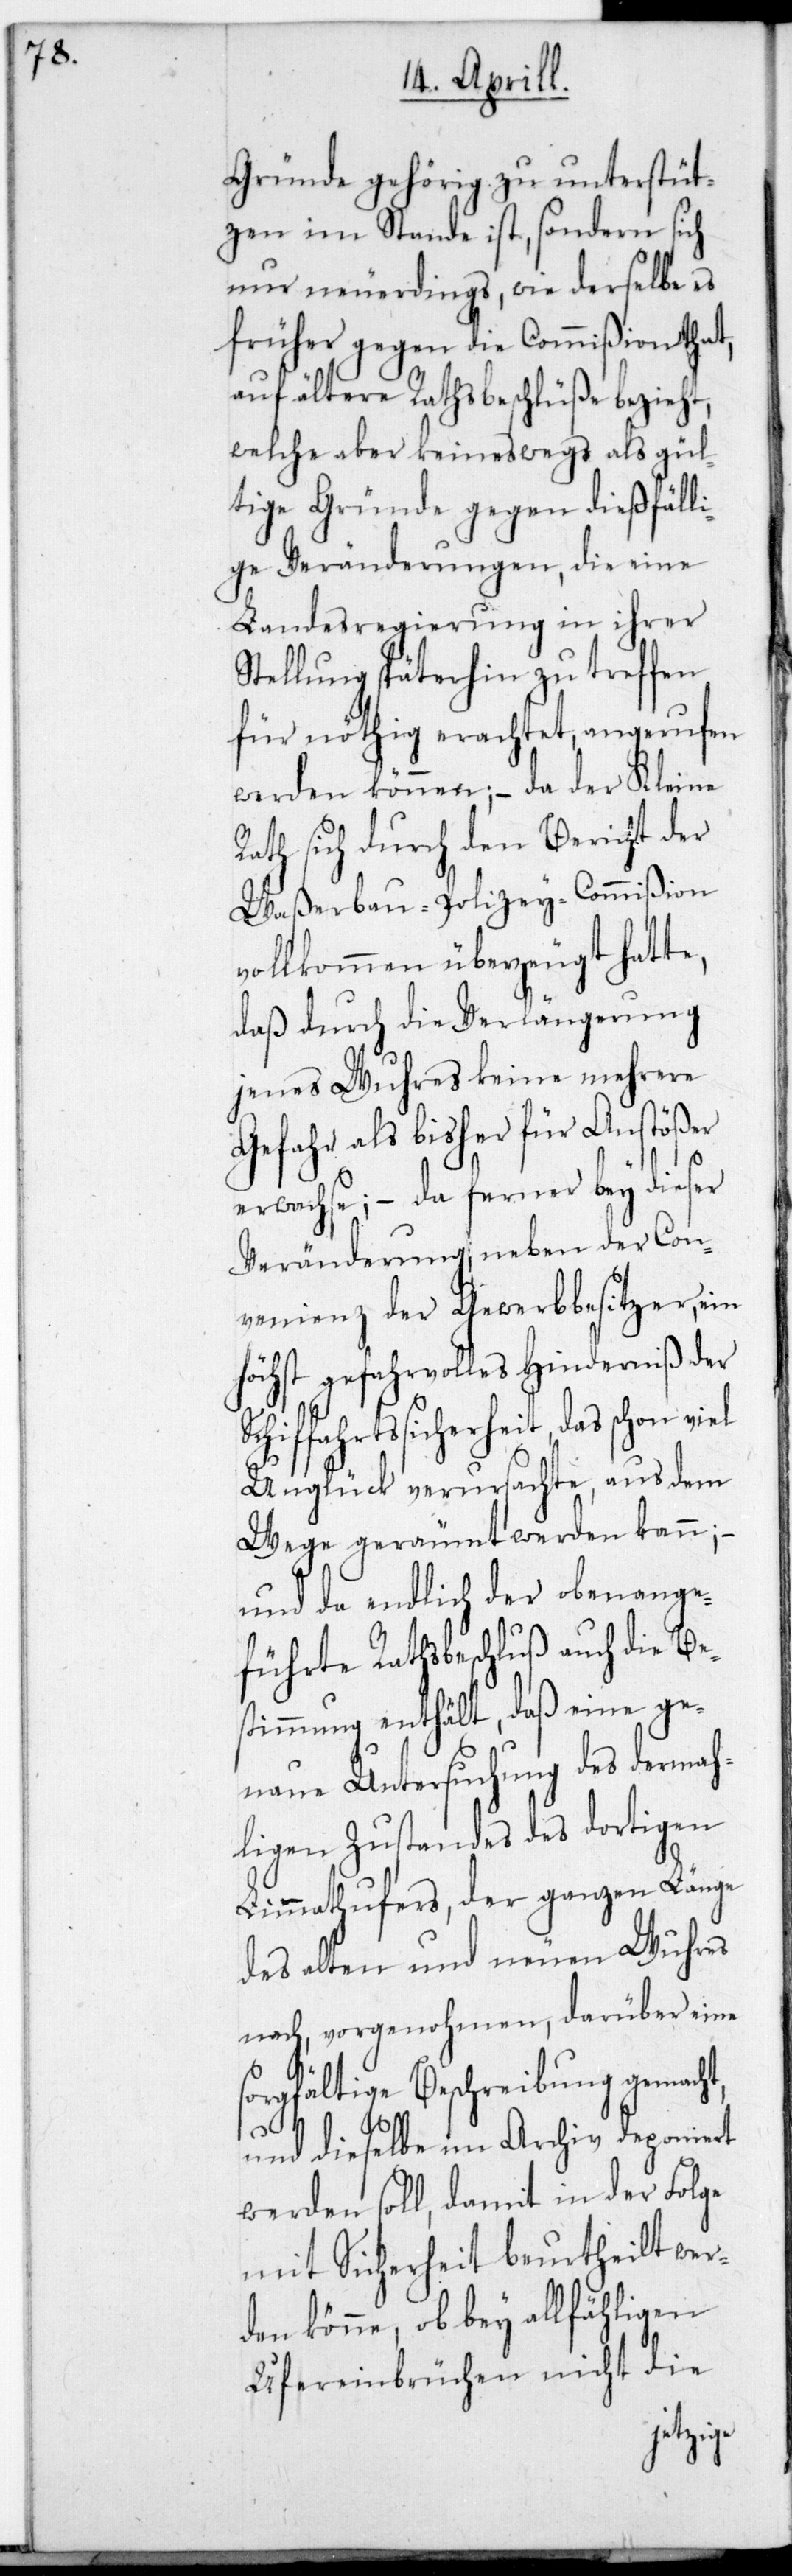
Gründe gehörig zu unterstüt¬
zen imstande ist, sondern sich
nur neuerdings, wie derselbe es
früher gegen die Commißion that,
auf ältere Rathsbeschlüße bezieht,
welche aber keineswegs als gül¬
tige Gründe gegen dießfäll¬
ige Veränderungen, die eine
Landesregierung in ihrer
Stellung späterhin zu treffen
für nöthig erachtet, angerufen
werden können; – da der Kleine
Rath sich durch den Bericht der
Waßerbau-Polizey-Commißion
vollkommen überzeugt hatte,
daß durch die Verlängerung
jenes Wuhres keine mehrere
Gefahr als bisher für Anstößer
erwachse, – da ferner bey dieser
Veränderung, neben der Con¬
venienz der Gewerbbesitzer, ein
Höchst gefahrvolles Hinderniß der
ffahrtssicherheit das schon
Unglück verursachte, aus dem
Wege geräumt werden kann, –
und da endlich der oben ange¬
führte Rathsbeschluß auch die Be¬
stimmung enthält, daß eine ge¬
naue Untersuchung des dermah¬
ligen Zustandes des dortigen
Limmathufers, der ganzen Länge
des alten und neuen Wuhres
nach vorgenohmen, darüber eine
sorgfältige Beschreibung gemacht,
und dieselbe im Archiv deponiert
werden soll, damit in der Folge
mit Sicherheit beurtheilt wer¬
den könne, ob bey allfähligen
Ufereinbrüchen nicht die
Schif¬